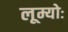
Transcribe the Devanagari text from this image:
लूम्योः